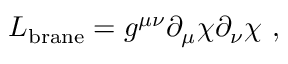
{ \cal L } _ { \mathrm { b r a n e } } = g ^ { \mu \nu } { \partial } _ { \mu } { \chi } { \partial } _ { \nu } { \chi } \ ,